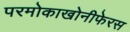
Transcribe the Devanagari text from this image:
परमोकाखोनीफेरस